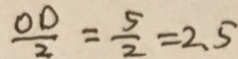
\frac { O D } { 2 } = \frac { 5 } { 2 } = 2 . 5